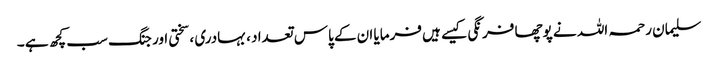
سلیمان رحمہ اللہ نے پوچھا فرنگی کیسے ہیں فرمایا ان کے پاس تعداد ، بہادری ، سختی اور جنگ سب کچھ ہے ۔